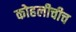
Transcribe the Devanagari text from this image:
कोहलीचीच